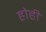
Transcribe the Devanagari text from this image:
होही